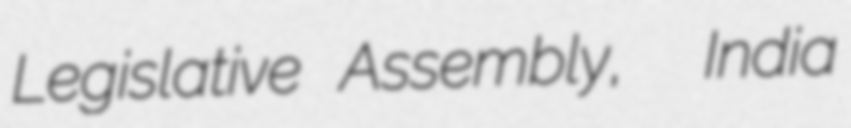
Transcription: Legislative Assembly,  India